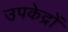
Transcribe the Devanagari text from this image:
उपकेद्रों